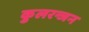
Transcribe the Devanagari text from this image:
कुलरन्जन